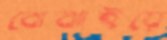
বোঝাইয়ে